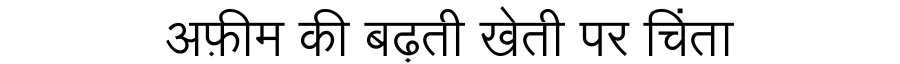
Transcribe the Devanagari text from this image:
अफ़ीम की बढ़ती खेती पर चिंता